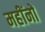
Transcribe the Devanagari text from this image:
महींनों